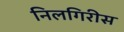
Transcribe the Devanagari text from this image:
निलगिरीस